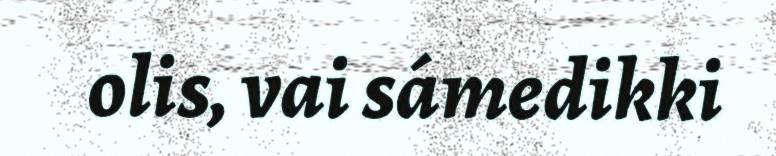
olis, vai sámedikki